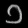
Digit: ၁